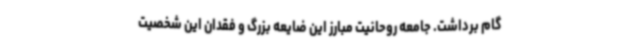
گام برداشت. جامعه روحانیت مبارز این ضایعه بزرگ و فقدان این شخصیت